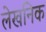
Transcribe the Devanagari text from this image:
लेखनिक